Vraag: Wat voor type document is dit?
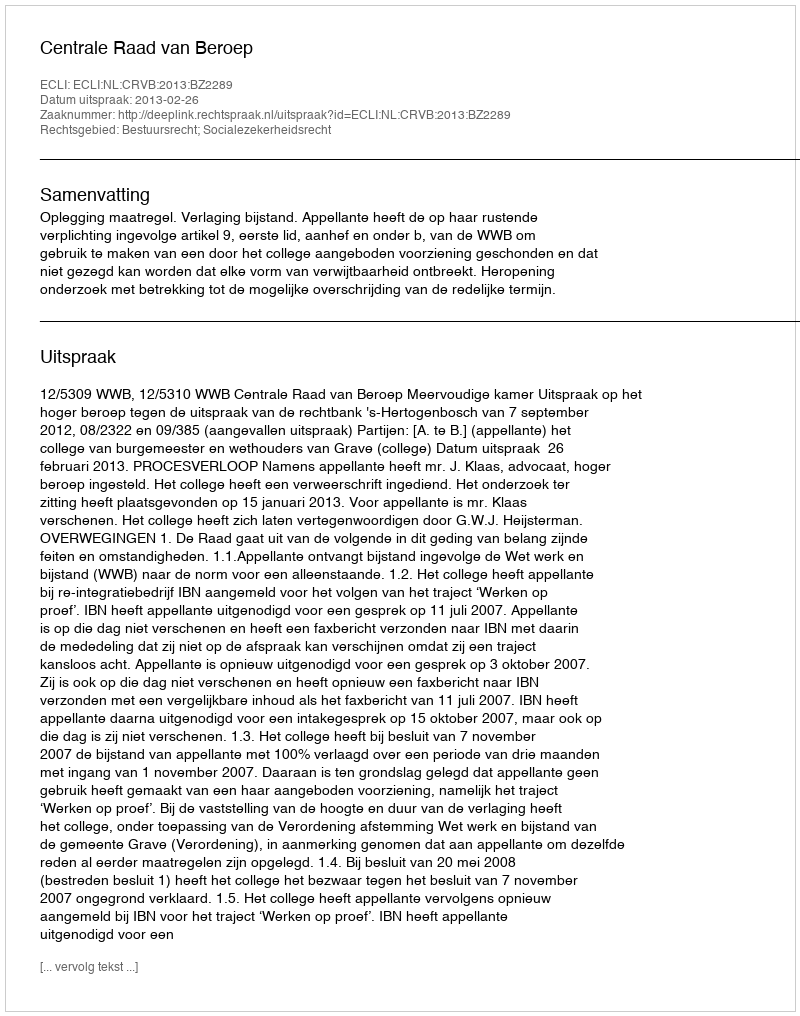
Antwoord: Uitspraak